Calcutta medical institutions reports 1892-1900
Year: 1892
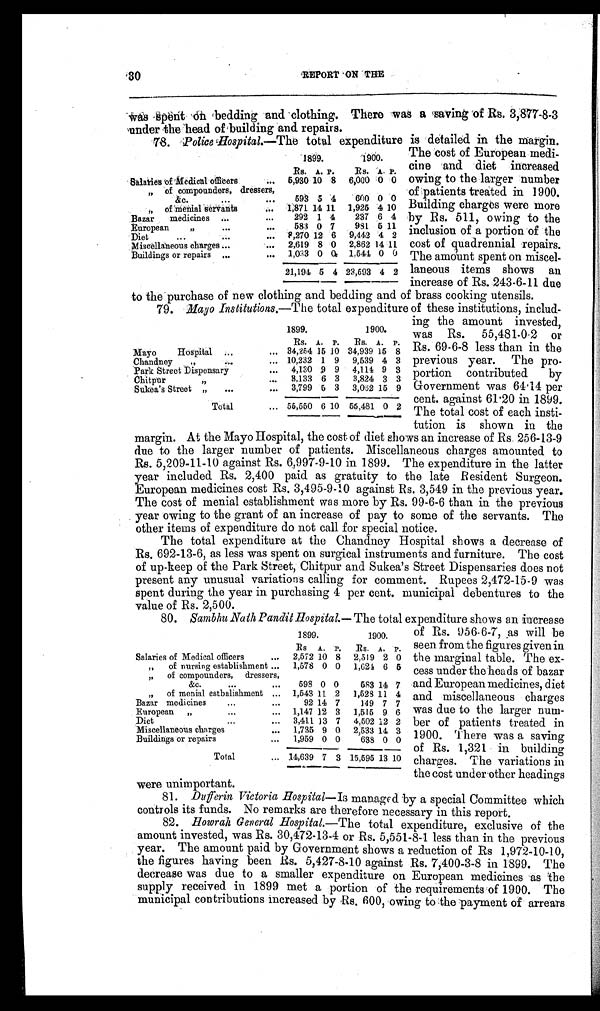
30
REPORT ON TH
E
Was spent on bedding and clothing. There wag a saving of Rs. 3,877-8-3
under the head of building and repairs.
78.
Police Hospital.—The total expenditure is detailed in the margin.
1899.
1900.
Rs. A. P.
Rs. A. P.
Salaries of Medical officers ...
5,930 10 8 6,000 0 0
" of compounders, dressers,
&c.
...
...
593 5 4
600 0 0
" of menial servants ...
1,871 14 11 1,925 4 10
Bazar medicines ...
...
292 1 4
237 6 4
European
"
...
...
583 0 7 981 5 11
Diet
...
... 8,270 12 6 9,442 4 2
Miscellaneous charges ...
2,619 8 0 2,862 14 11
Buildings or repairs ...
... 1,033 0 0 1,544 0 0
21,194 5 4 23,593 4 2
The cost of European medi
-cine and diet increased
owing to the larger number
of patients treated in 1900.
Building charges were more
by Rs. 511, owing to the
inclusion of a portion of the
cost of quadrennial repairs.
The amount spent on miscel
-laneous items shows an
increase of Rs. 243-6-11 due
to the purchase of new clothing and bedding and of brass cooking utensils.
79. Mayo Institutions.—The total expenditure of these institutions, includ
-
1899.
1900.
Rs. A. P. Rs. A. P.
Mayo
Hospital ...
... 34,254 15 10 34,939 15 8
Chandney "
...
... 10,232 1 9 9,539 4 3
Park Street Dispensary
... 4,130 9 9 4,114 9 3
Chitpur
" . . .
3,133 6 3 3,824 3 3
Sukea's Street " ... ...
3,799 5 3 3,062 15 9
Total
... 55,550 6 10 55,481 0 2
ing the amount invested,
was Rs. 55,481-0-2 or
Rs. 69-6-8 less than in the
previous year. The pro
-
portion contributed by
Government was 64.14 per
cent. against 61.20 in 1899.
The total cost of each insti
-
tution is shown in the
margin. At the Mayo Hospital, the cost of diet shows an increase of Rs. 256-13-9
due to the larger number of patients. Miscellaneous charges amounted to
Rs. 5,209-11-10 against Rs. 6,997-9-10 in 1899. The expenditure in the latter
year included Rs. 2,400 paid as gratuity to the late Resident Surgeon.
European medicines cost Rs. 3,495-9-10 against Rs. 3,549 in the previous year.
The cost of menial establishment was more by Rs. 99-6-6 than in the previous
year owing to the grant of an increase of pay to some of the servants. The
other items of expenditure do not call for special notice.
The total expenditure at the Chandney Hospital shows a decrease of
Rs. 692-13-6, as less was spent on surgical instruments and furniture. The cost
of up-keep of the Park Street, Chitpur and Sukea's Street Dispensaries does not
present any unusual variations calling for comment. Rupees 2,472-15-9 was
spent during the year in purchasing 4 per cent. municipal debentures to the
value of Rs. 2,500.
80. Sambhu Nath Pandit Hospital.— The total expenditure shows an increase
of Rs. 956-6-7, as will be
seen from the figures given in
the marginal table. The ex
-cess under the heads of bazar
and European medicines, diet
and miscellaneous charges
was due to the larger num
-
ber of patients treated in
1900. There was a saving
of Rs. 1,321 in building
charges. The variations in
the cost under other headings
were unimportant.
81.
Dufferin Victoria Hospital—Is managed by a special Committee which
controls its funds. No remarks are therefore necessary in this report.
82.
Howrah General Hospital.— The total expenditure, exclusive of the
amount invested, was Rs. 30,472-13-4 or Rs. 5,551-8-1 less than in the previous
year. The amount paid by Government shows a reduction of Rs 1,972-10-10,
the figures having been Rs. 5,427-8-10 against Rs. 7,400-3-8 in 1899. The
decrease was due to a smaller expenditure on European medicines as Me
supply received in 1899 met a portion of the requirements of 1900. 'The
municipal contributions increased by Rs. 600, owing to the payment of arrears
1899.
1900.
Rs A. P. RS. A. P.
Salaries of Medical officers
... 2,572 10 8 2,519 2 0
" of nursing establishment ... 1,578 0 0 1,624 6 5
" of compounders, dressers,
&c.
...
... 598 0 0
583 14 7
" of menial estbalishment ... 1,543 11 2 1,528 11 4
Bazar medicines
...
...
92 14 7
149 7 7
European "
...
... 1,147 12 3 1,515 9 6
Diet
...
... 3,411 13 7 4,502 12 2
Miscellaneous charges
... 1,735 9 0 2,533 14 3
Buildings or repairs
... 1,959 0 0
638 0 0
Total
... 14,639 7 3 15,595 13 10